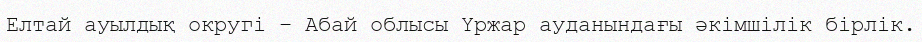
Елтай ауылдық округі – Абай облысы Үржар ауданындағы әкімшілік бірлік.